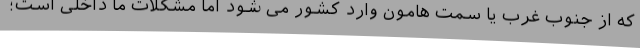
که از جنوب غرب یا سمت هامون وارد کشور می شود اما مشکلات ما داخلی است؛